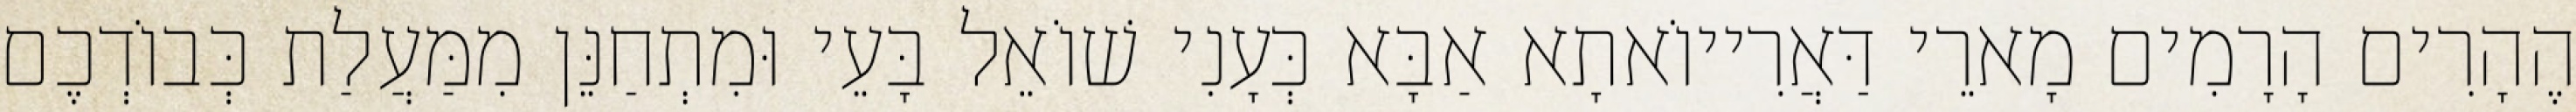
הֶהָרִים הָרָמִים מָארֵי דַּאֲרִייוֹאתָא אַבָּא כְּעָנִי שׁוֹאֵל בָּעֵי וּמִתְחַנֵּן מִמַּעֲלַת כְּבוֹדְכֶם